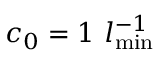
c _ { 0 } = 1 ~ l _ { \mathrm { m i n } } ^ { - 1 }